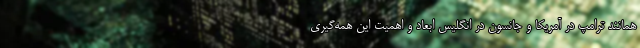
همانند ترامپ در آمریکا و جانسون در انگلیس ابعاد و اهمیت این همه‌گیری